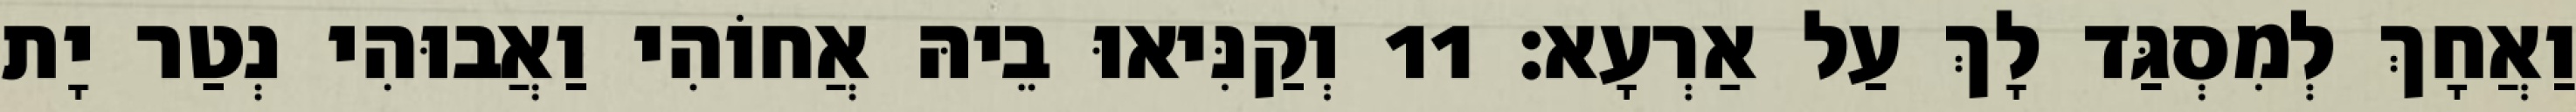
וַאֲחָךְ לְמִסְגַּד לָךְ עַל אַרְעָא׃ 11 וְקַנִּיאוּ בֵיהּ אֲחוֹהִי וַאֲבוּהִי נְטַר יָת